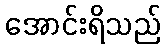
အောင်းရိသည်